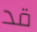
قد